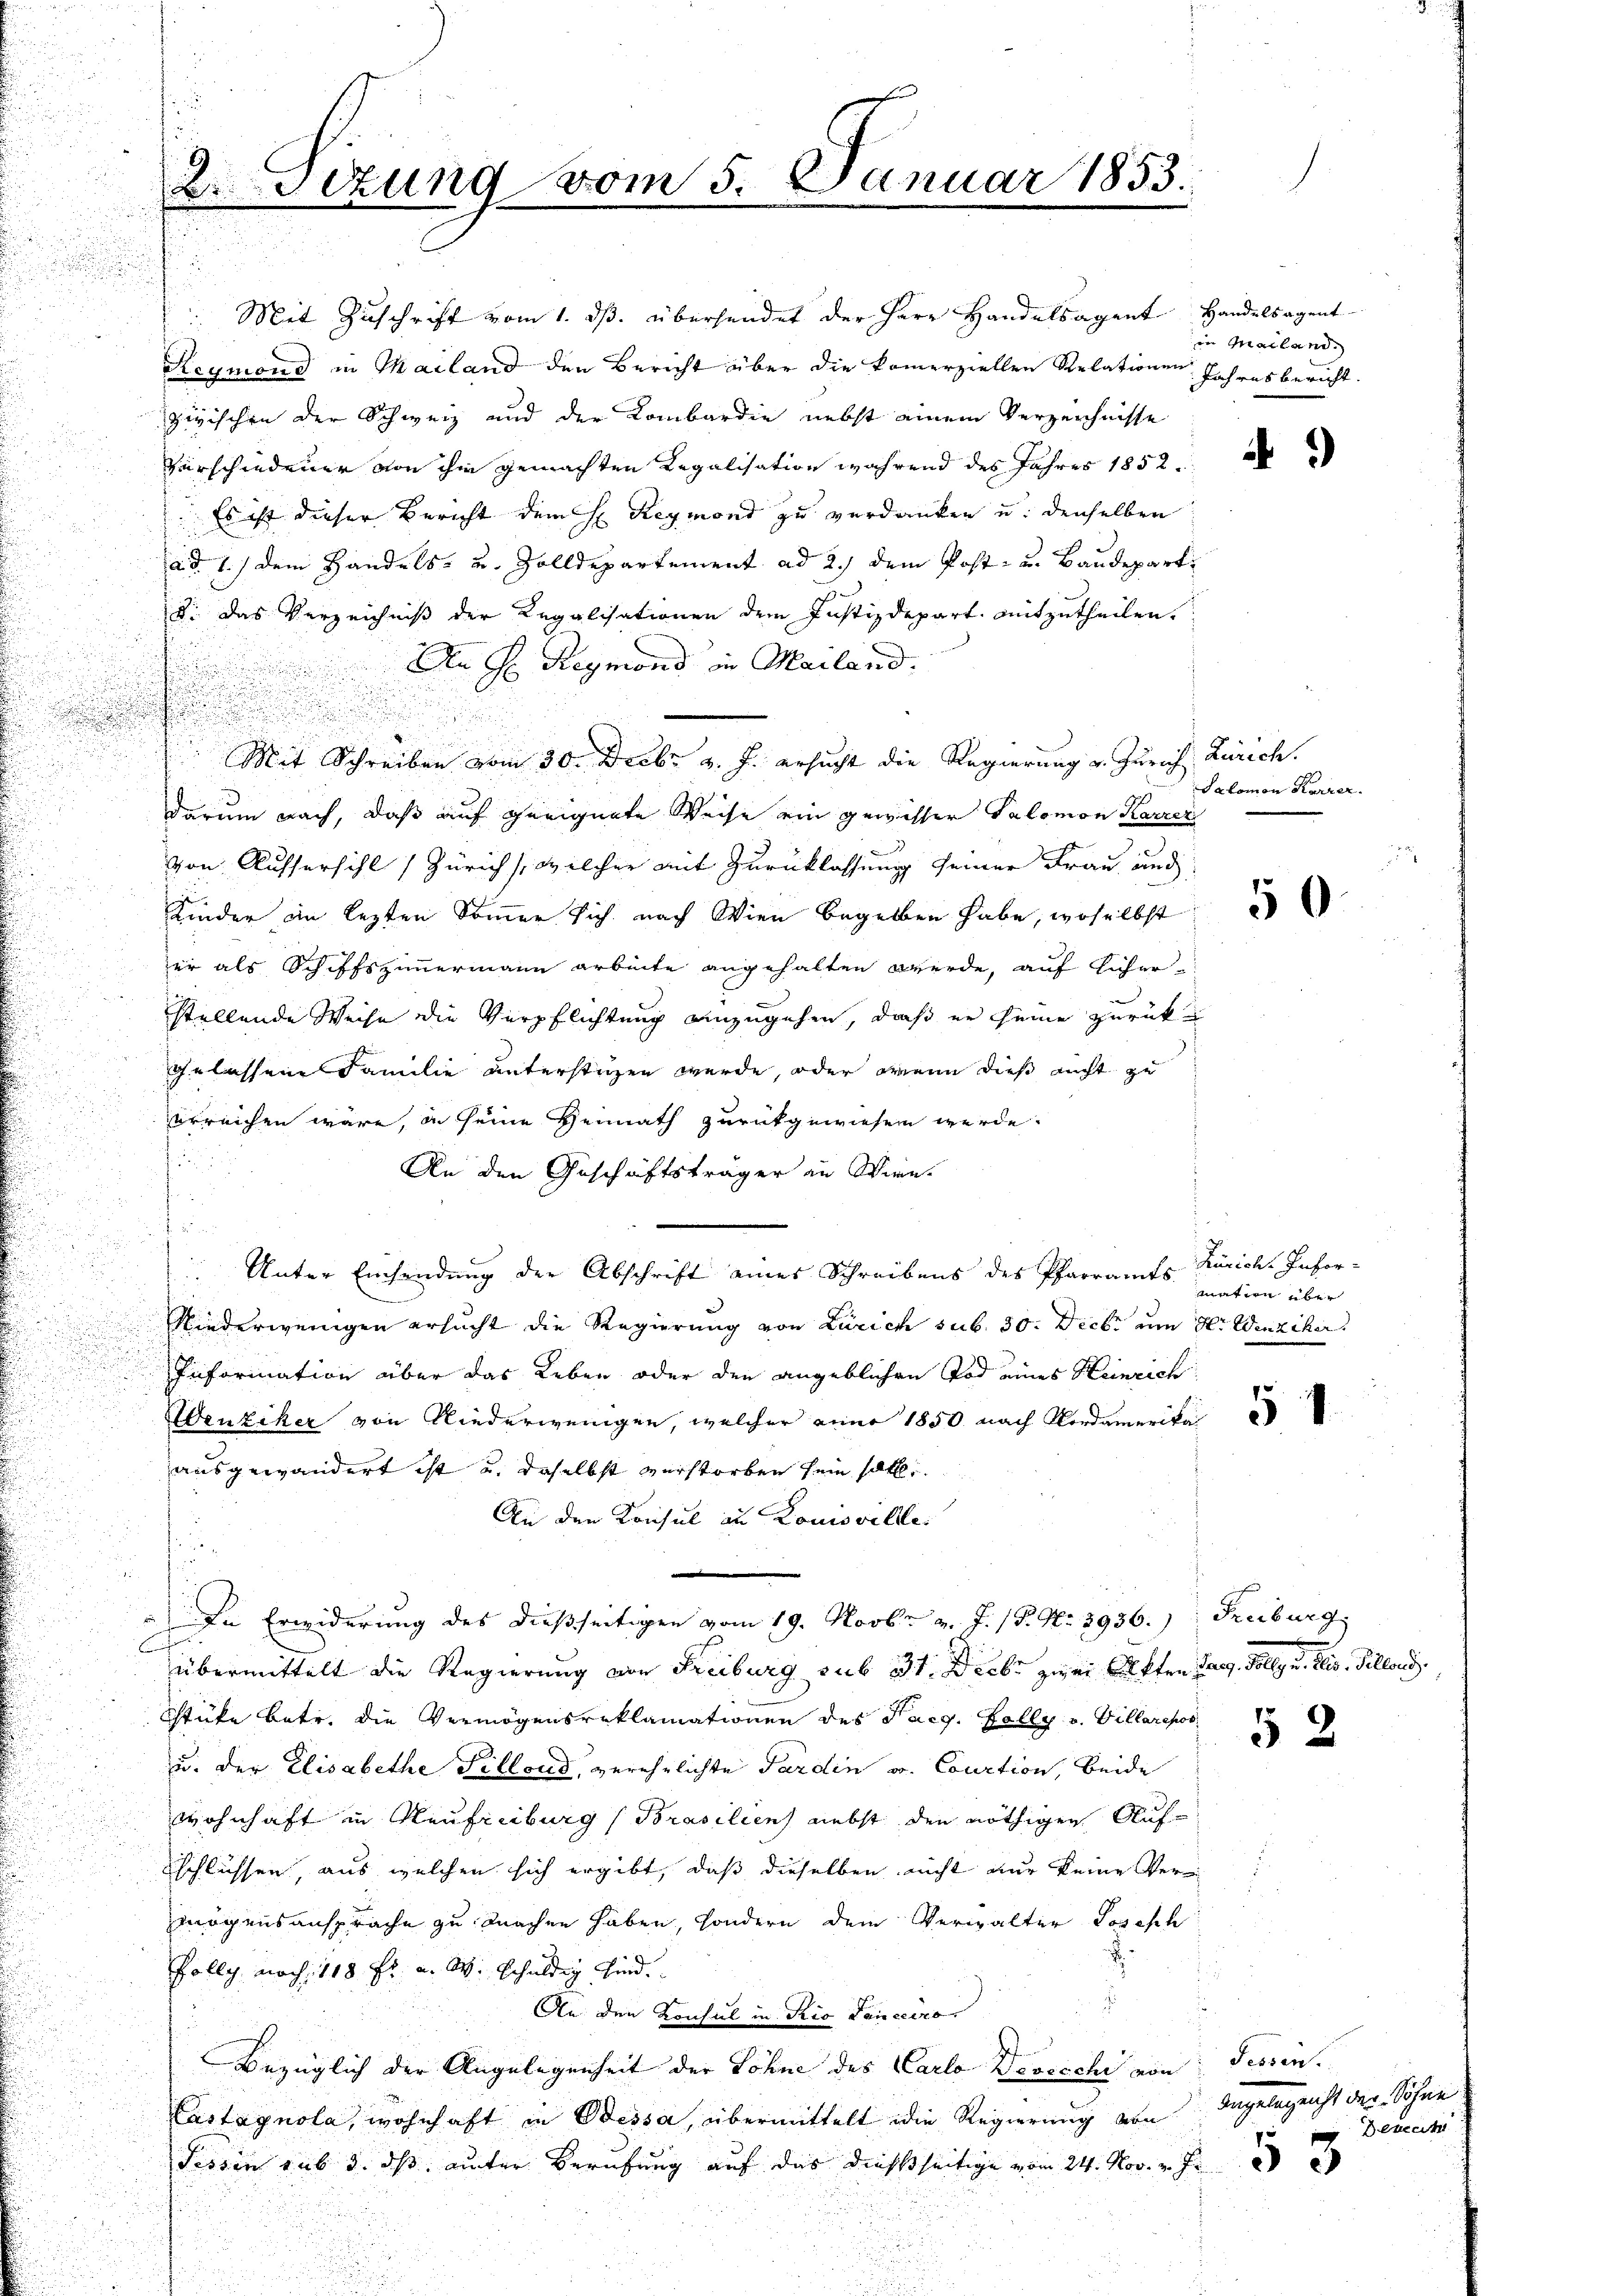
.

2.sezung vom 5. Januar 1853.

Mit Zuschrift vom 1. ds. überhendet der Herr Handelsagent Handelsagent
Reymond in Mailand den Bericht über die kommerziellen Relationen Jahresbericht.
zwischen der Schweiz und der Lombardie nebst einem Verzeichnisse
Verschiedener von ihm gemachten Regalisation während des Jahres 1852.
 Es ist dieser Bericht dem H. Reymond zu verdanken u. denselben
ad 1.) Dem Handels- und Zolldepartement ad 2.) dem Post- u. Baudeparti
d. Das Verzeichniß der Regalisationen dem Justizdepart. mitzutheilen.
An H. Reymond in Mailand.
Mit Schreiben vom 30. Decbr v. J. ersucht die Regierung v. Zürich Zürich.
darum nach, daß auf geeignete Weise ein gewisser Salomon Karrer
von Aussersihl (Zürich, welcher mit Zurücklassung seiner Frau and
Kinder im lezten Sommer sich nach Wien begeben habe, woselbst
er als Schiffszimmermann arbeite angehalten werde, auf Eicher-
stellende Weise die Verpflichtung einzugehen, daß er seine zurückgelassene Familie unterstüzen wurde, oder wenn dieß nicht zu
erreichen wäre, in seine Heimath zurückgewiesen werde.
zu
An den Geschäftsträger an Wien.
u
Unter Einsendung der Abschrift eines Schreibens des Pfarramts-
.
Niederwenigen ersucht die Regierung von Zürich sub. 30. Dieb um der Weinscher
u
Information über das Leben oder den angeblichen Tod eines Heinrich
Wenziker von Niederungen, welcher anno 1850 nach Nordamerika
ausgewandert ist, u. daselbst verstorben sein soll.
An den Konsul an Louisville.
u
In Erwiderung des dießseitigen vom 19. Novbr. v. J. P. Nr. 3936.) Freiburg,
C
übermittelt die Regierung von Freiburg sub 31. Decbr zwei Akten Gang. Solleg u. Elis. Silland,
Stüke betr. die Vermögensreklamationen des Pacg. Folly v. Villarepos
u. der Elisabethe Tillond, verehrlichte Pardin v. Courtion, beide
wohnhaft in Heufreiburg (Brasilien nebst den nöthigen Aufschlüssen, aus welchen sich ergibt, daß dieselben nicht nur keine Vermögensansprache zu machen haben, sondern dem Verwalter Joseph
Polly noch, 118 fl. a. W. schuldig sind.
i
An den Konsul in Rio Canceiro
Bezüglich der Angelegenheit der Löhne des Carlo Devecchi von Tessin.
Castagnola, wohnhaft in Bessa, übermittelt die Regierung von
Fessen sub 3. ds unter Berufung auf das dießseitige vom 24. Nov. v. Js.

in Mailand.

i

Salomon Karrer.

50

Züricht Infor-
mation über

52

Angelegericht der Sohne
Berech
f

33